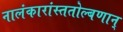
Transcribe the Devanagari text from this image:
नालंकारांस्ततोल्बणान्